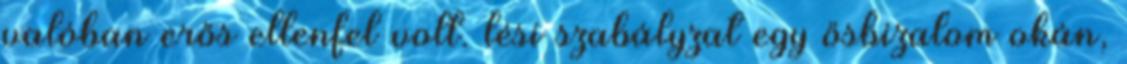
valóban erős ellenfel volt. lési szabályzat egy ősbizalom okán,